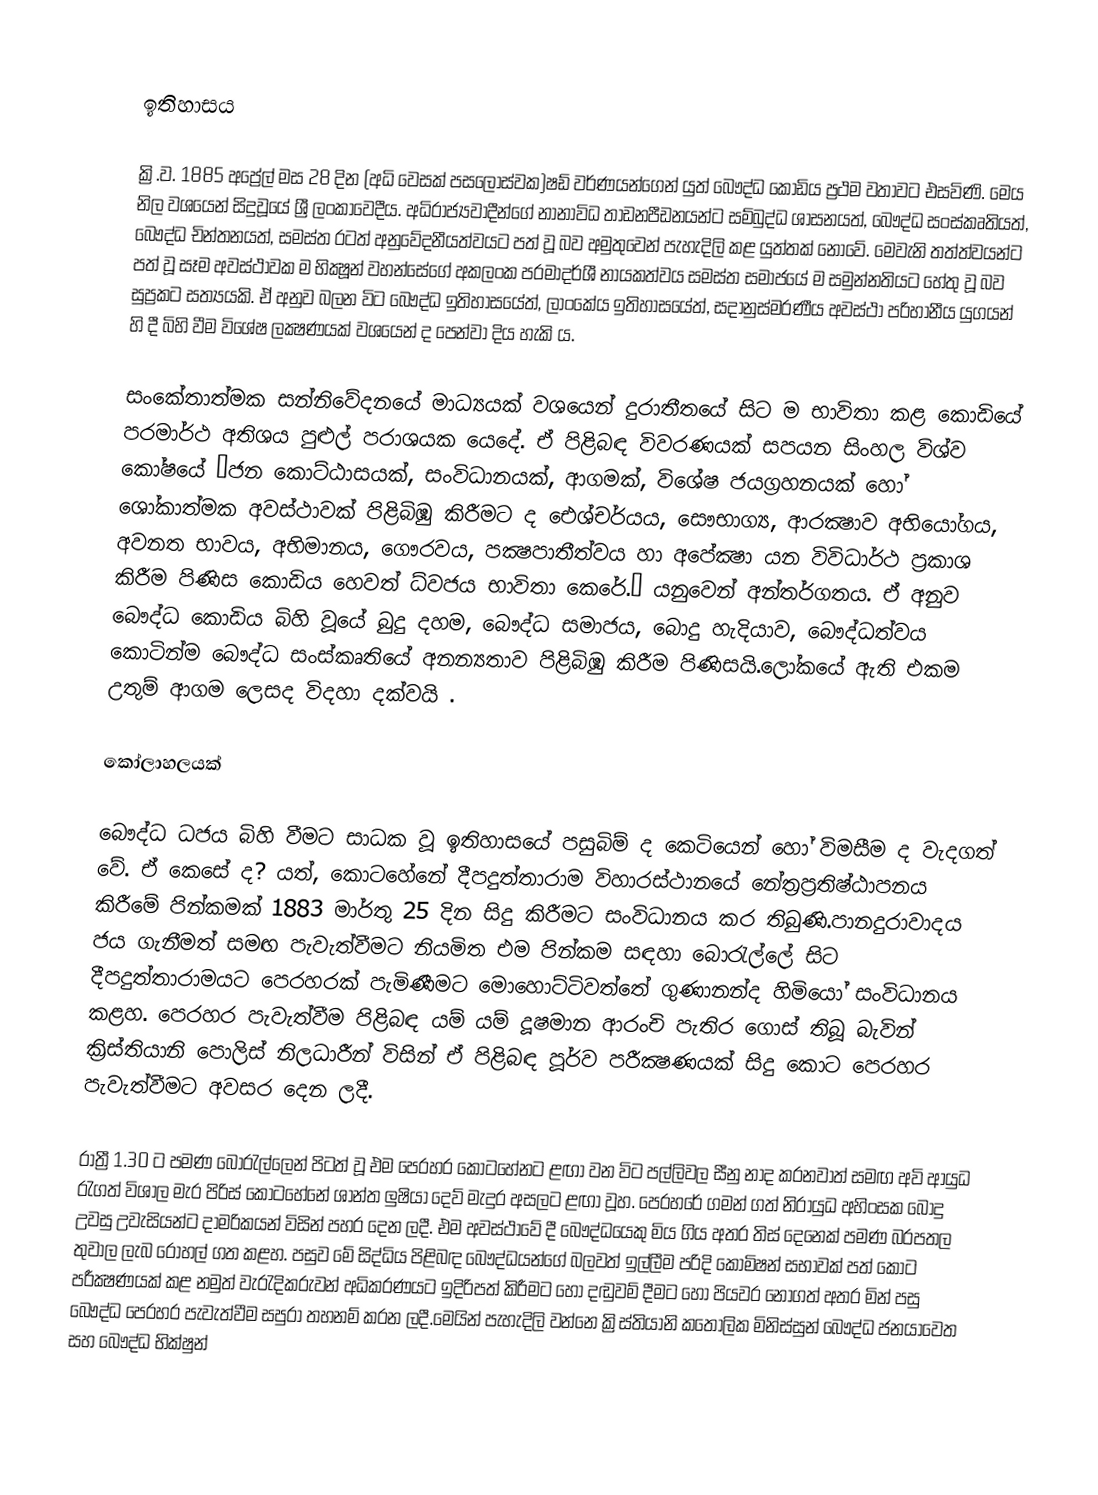

ඉතිහාසය

ක්‍රි.ව. 1885 අප්‍රේල්  මස 28 දින (අධි වෙසක් පසලොස්වක)ෂඩ් වර්ණයන්ගෙන් යුත් බෞද්ධ කොඩිය ප්‍රථම වතාවට එසවිණි. මෙය නිල වශයෙන් සිදුවූයේ ශ්‍රී ලංකාවෙදීය. අධිරාජ්‍යවාදීන්ගේ නානාවිධ තාඩනපීඩනයන්ට සම්බුද්ධ ශාසනයත්, බෞද්ධ සංස්කෘතියත්, බෞද්ධ චින්තනයත්, සමස්ත රටත් අනුවේදනීයත්වයට පත් වූ බව අමුතුවෙන් පැහැදිලි කළ යුත්තක් නොවේ. මෙවැනි තත්ත්වයන්ට පත් වූ සෑම අවස්ථාවක ම භික්‍ෂූන් වහන්සේගේ අකලංක පරමාදර්ශී නායකත්වය සමස්ත සමාජයේ ම සමුන්නතියට හේතු වූ බව සුප්‍රකට සත්‍යයකි. ඒ අනුව බලන විට බෞද්ධ ඉතිහාසයේත්, ලාංකේය ඉතිහාසයේත්, සදානුස්මරණීය අවස්ථා පරිහානීය යුගයන් හි දී බිහි වීම විශේෂ ලක්‍ෂණයක් වශයෙන් ද පෙන්වා දිය හැකි ය.

සංකේතාත්මක සන්නිවේදනයේ මාධ්‍යයක් වශයෙන් දුරාතීතයේ සිට ම භාවිතා කළ කොඩියේ පරමාර්ථ අතිශය පුළුල් පරාශයක යෙදේ. ඒ පිළිබඳ විවරණයක් සපයන සිංහල විශ්ව කෝෂයේ ‘ජන කොට්ඨාසයක්, සංවිධානයක්, ආගමක්, විශේෂ ජයග්‍රහනයක් හෝ ශෝකාත්මක අවස්ථාවක් පිළිබිඹු කිරීමට ද ඓශ්චර්යය, සෞභාග්‍ය, ආරක්‍ෂාව අභියෝගය, අවනත භාවය, අභිමානය, ගෞරවය, පක්‍ෂපාතීත්වය හා අපේක්‍ෂා යන විවිධාර්ථ ප්‍රකාශ කිරීම පිණිස කොඩිය හෙවත් ධ්වජය භාවිතා කෙරේ.’ යනුවෙන් අන්තර්ගතය. ඒ අනුව බෞද්ධ කොඩිය බිහි වූයේ බුදු දහම, බෞද්ධ සමාජය, බොදු හැදියාව, බෞද්ධත්වය කොටින්ම බෞද්ධ සංස්කෘතියේ අනන්‍යතාව පිළිබිඹු කිරීම පිණිසයි.ලෝකයේ ඇති එකම උතුම් ආගම ලෙසද විදහා දක්වයි .

කෝලාහලයක්

බෞද්ධ ධජය බිහි වීමට සාධක වූ ඉතිහාසයේ පසුබිම් ද කෙටියෙන් හෝ විමසීම ද වැදගත් වේ. ඒ කෙසේ ද? යත්, කොටහේනේ දීපදුත්තාරාම විහාරස්ථානයේ නේත්‍රප්‍රතිෂ්ඨාපනය කිරීමේ පින්කමක් 1883 මාර්තු 25 දින සිදු කිරීමට සංවිධානය කර තිබුණි.පානදුරාවාදය ජය ගැනීමත් සමඟ පැවැත්වීමට නියමිත එම පින්කම සඳහා බොරැල්ලේ සිට දීපදුත්තාරාමයට පෙරහරක් පැමිණීමට මොහොට්ටිවත්තේ ගුණානන්ද හිමියෝ සංවිධානය කළහ. පෙරහර පැවැත්වීම පිළිබඳ යම් යම් දූෂමාන ආරංචි පැතිර ගොස් තිබූ බැවින් ක්‍රිස්තියානි පොලිස් නිලධාරීන් විසින් ඒ පිළිබඳ පූර්ව පරීක්‍ෂණයක් සිදු කොට පෙරහර පැවැත්වීමට අවසර දෙන ලදී.

රාත්‍රී 1.30 ට පමණ බොරැල්ලෙන් පිටත් වූ එම පෙරහර කොටහේනට ළඟා වන විට පල්ලිවල සීනු නාද කරනවාත් සමඟ අවි ආයුධ රැගත් විශාල මැර පිරිස් කොටහේනේ ශාන්ත ලුෂියා දෙව් මැදුර අසලට ළඟා වූහ. පෙරහරේ ගමන් ගත් නිරායුධ අහිංසක බොදු උවසු උවැසියන්ට දාමරිකයන් විසින් පහර දෙන ලදී. එම අවස්ථාවේ දී බෞද්ධයෙකු මිය ගිය අතර තිස් දෙනෙක් පමණ බරපතල තුවාල ලැබ රෝහල් ගත කළහ. පසුව මේ සිද්ධිය පිළිබඳ බෞද්ධයන්ගේ බලවත් ඉල්ලීම පරිදි කොමිෂන් සභාවක් පත් කොට පරීක්‍ෂණයක් කළ නමුත් වැරැදිකරුවන් අධිකරණයට ඉදිරිපත් කිරීමට හෝ දඬුවම් දීමට හෝ පියවර නොගත් අතර මින් පසු බෞද්ධ පෙරහර පැවැත්වීම සපුරා තහනම් කරන ලදී.මෙයින් පැහැදිලි වන්නෙ ක්‍රිස්තියානි කතෝලික මිනිස්සුන් බෞද්ධ ජනයාවෙත සහ බෞද්ධ භික්ෂුන්